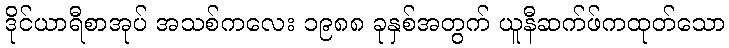
ဒိုင်ယာရီစာအုပ် အသစ်ကလေး ၁၉၈၈ ခုနှစ်အတွက် ယူနီဆက်ဖ်ကထုတ်သော